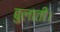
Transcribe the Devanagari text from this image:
बुलाती।